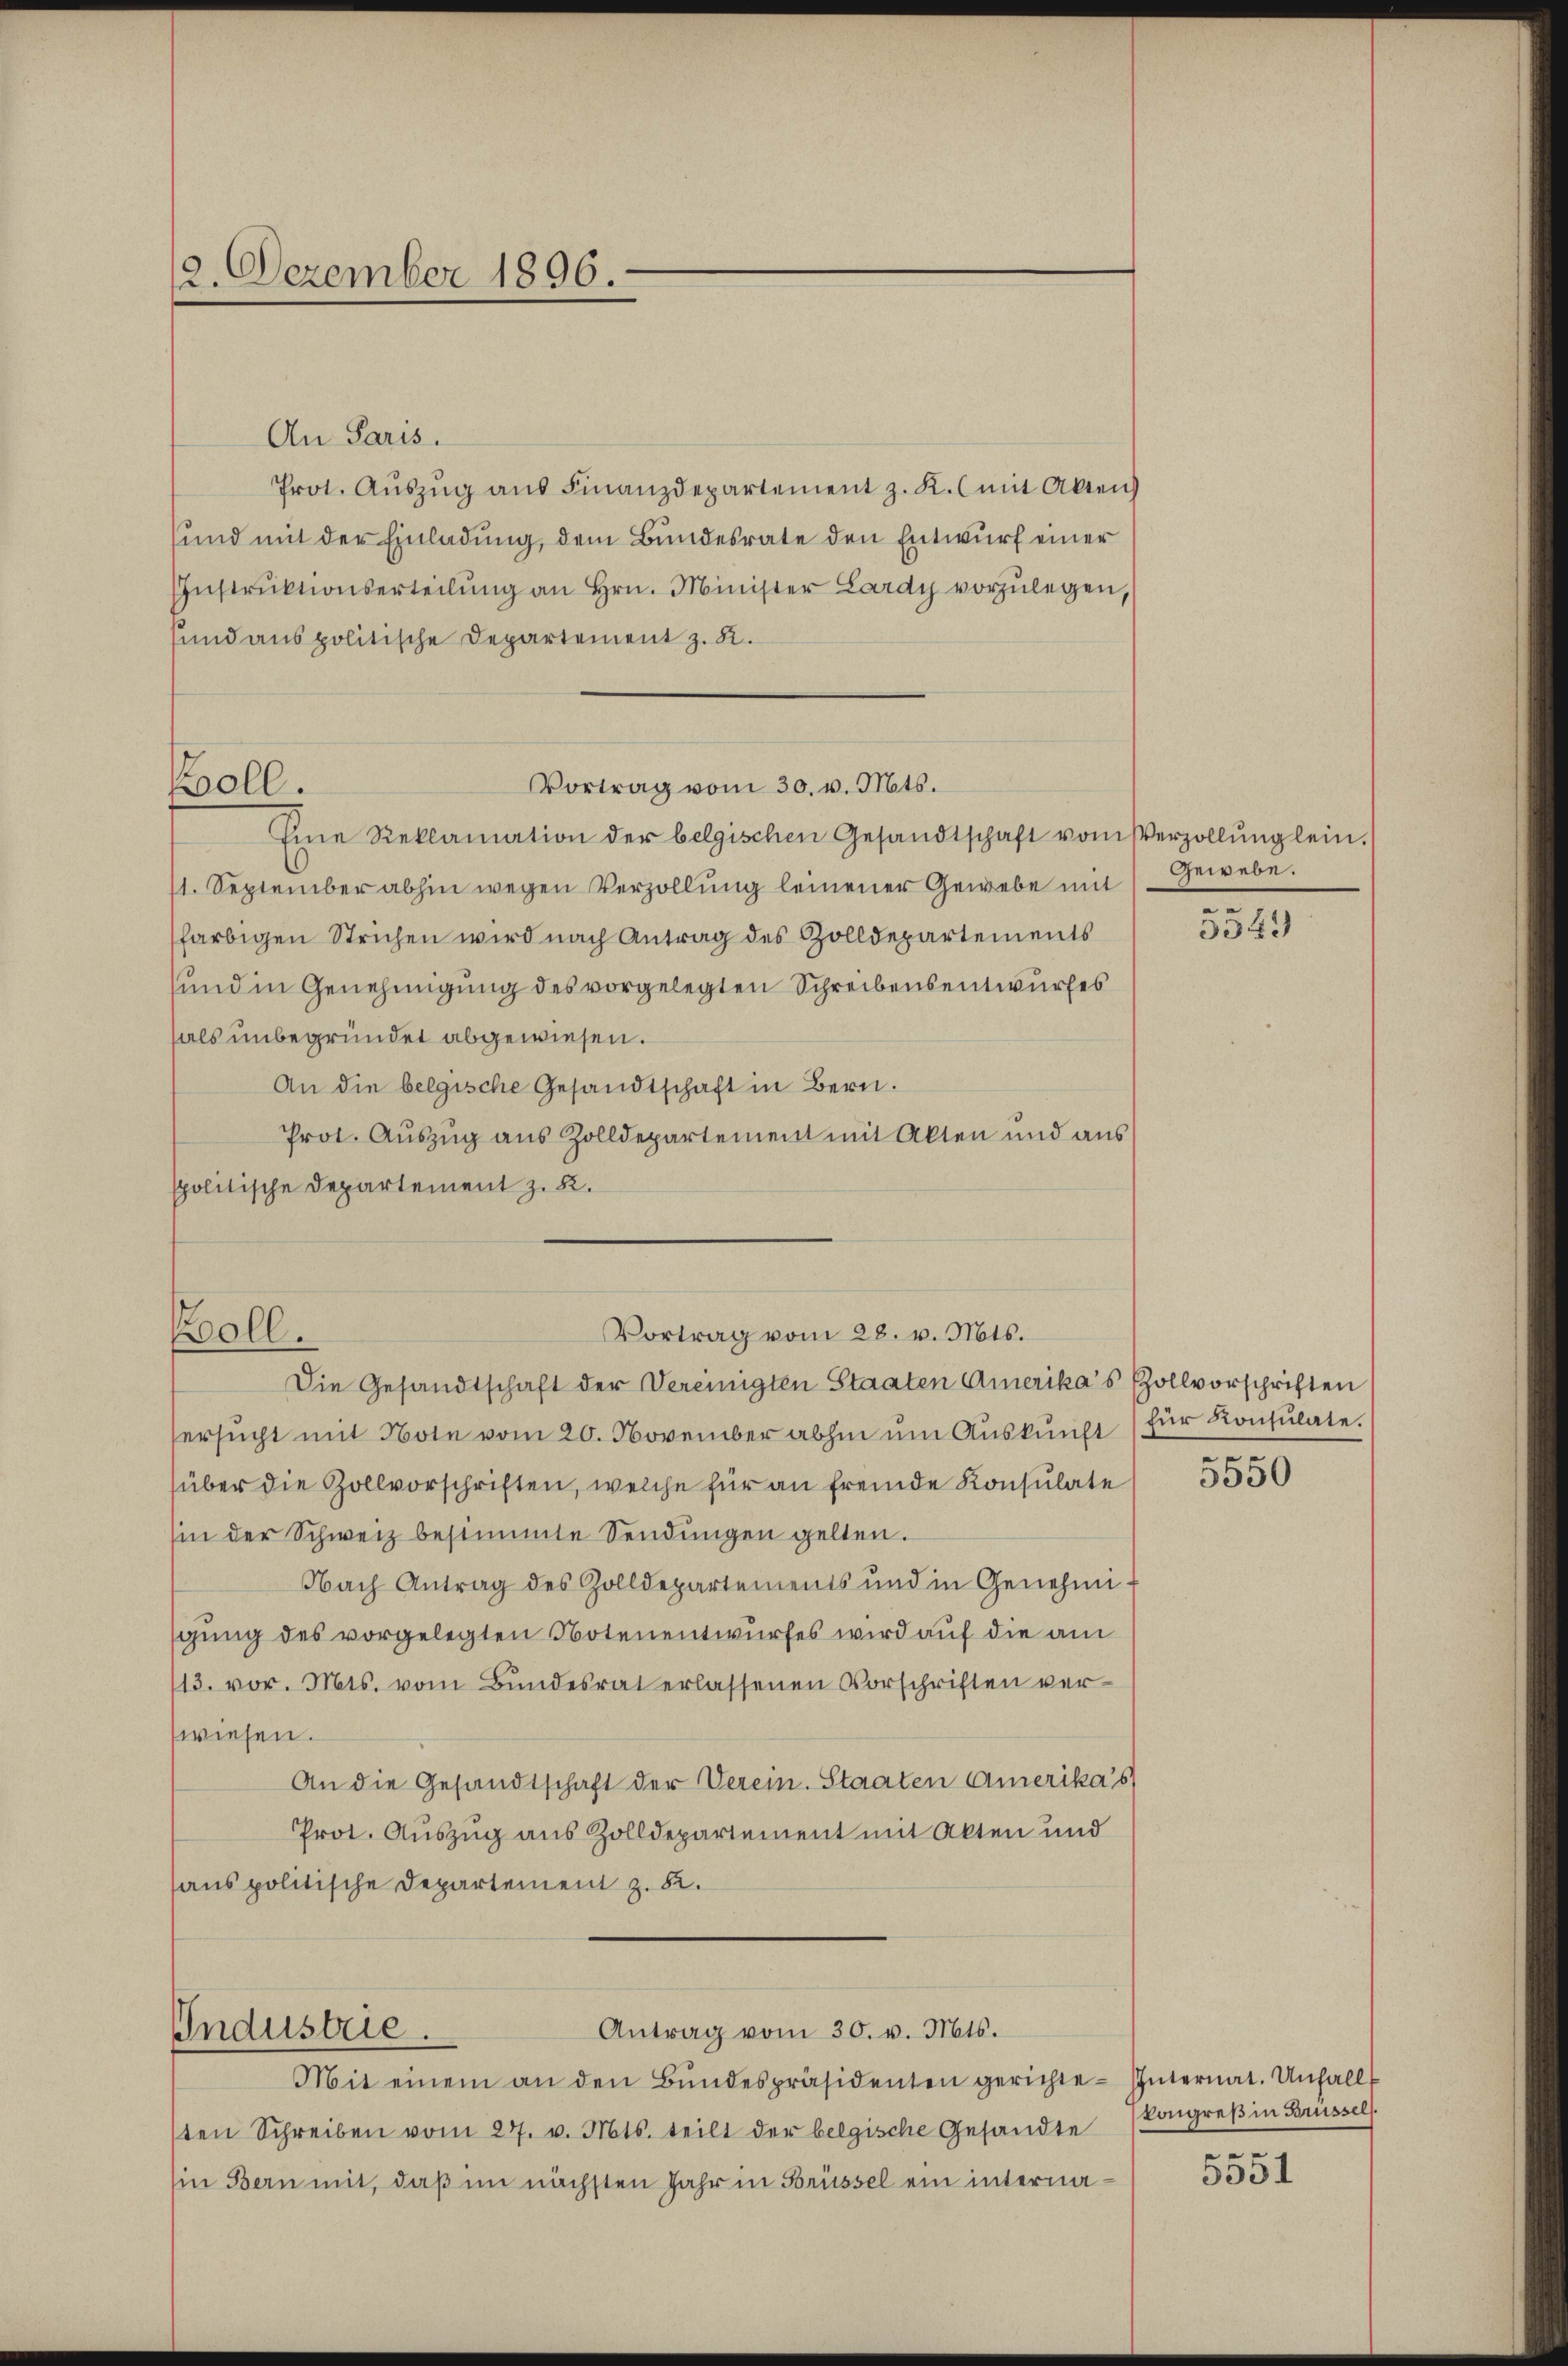
12. Dezember 1896.

well.

An Paris.
Prot. Aŭszŭg aŭs Finanzdepartement z. K. (mit Akten)
sund mit der Einladung, dem Bundesrate den Entwurf einer
Instrŭktionserteilŭng an Hrn. Minister Lardy vorzŭlegen,
sund aus politische Departement z. B.
Eine Reklamation der belgischen Gesandtschaft vom Verzollŭng lein.
11. September abhin wegen Verzollung leinener Gewebe mit
farbigen Strichen wird nach Antrag des Zolldepartements
und in Genehmigung des vorgelegten Schreibensentwurfes
hals unbegründet abgewiesen.
An die belgische Gesandtschaft in Bern.
Prot. Auszug aus Zolldepartement mit Akten und aus
spolitische Departement z. B.

Roll.

Industrie.

Vortrag vom 28. v. Mts.

Die Gesandtschaft der Vereinigten Staaten Amerika’s Zollvorschriften
ersucht mit Note vom 20. November abhin um Auskunft für Konsulate.
über die Zollvorschriften, welche für an fremde Konsulate
sin der Schweiz bestimte Sendŭngen gelten.
Nach Antrag des Zolldepartements und in Genehmigung des vorgelegten Notenentwurfes wird auf die am
13. vor. Mts. vom Bundesrat erlassenen Vorschriften ver-
wiesen.
An die Gesandtschaft der Verein. Staaten Amerika’s
Prot. Auszug aus Zolldepartement mit Akten und
aus politische Departement z. B.

Vortrag vom 30. v. Mts.

Antrag vom 30. v. Mts.
Mit einem an den Bŭndespräsidenten gerichteten Schreiben vom 27. v. Mts. teilt der belgische Gesandte
in Bern mit, daß im nächsten Jahr in Brüssel ein interna¬

Gewebe.

5549

en

3550

Internat. Unfall
kongreß in Brüssel.
.

5331